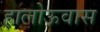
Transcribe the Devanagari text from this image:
हालोऊवास